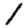
Digit: 1